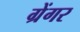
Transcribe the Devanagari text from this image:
ग्रेंगर